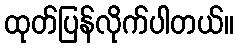
ထုတ်ပြန်လိုက်ပါတယ်။